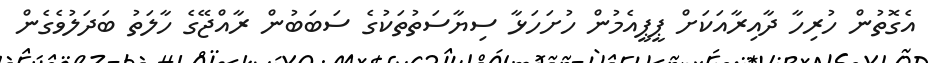
އެގޮތުން ހުރިހާ ދާއިރާއަކަށް ޕީޕީއެމުން ހުށަހަޅާ ސިޔާސަތުތަކުގެ ސަބަބުން ރާއްޖޭގެ ހާލަތު ބަދަލުވެގެން